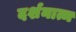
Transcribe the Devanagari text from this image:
दर्शनात्म